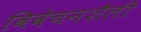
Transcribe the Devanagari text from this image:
विवेचनशैली